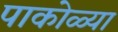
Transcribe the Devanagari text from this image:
पाकोळ्या